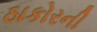
ઠાકોરની